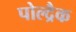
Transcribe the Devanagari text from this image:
पोल्द्रैक